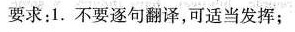
要求：1. 不要逐句翻译，可适当发挥；